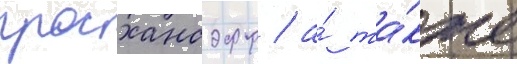
гросхансдорф / а́ та́кже